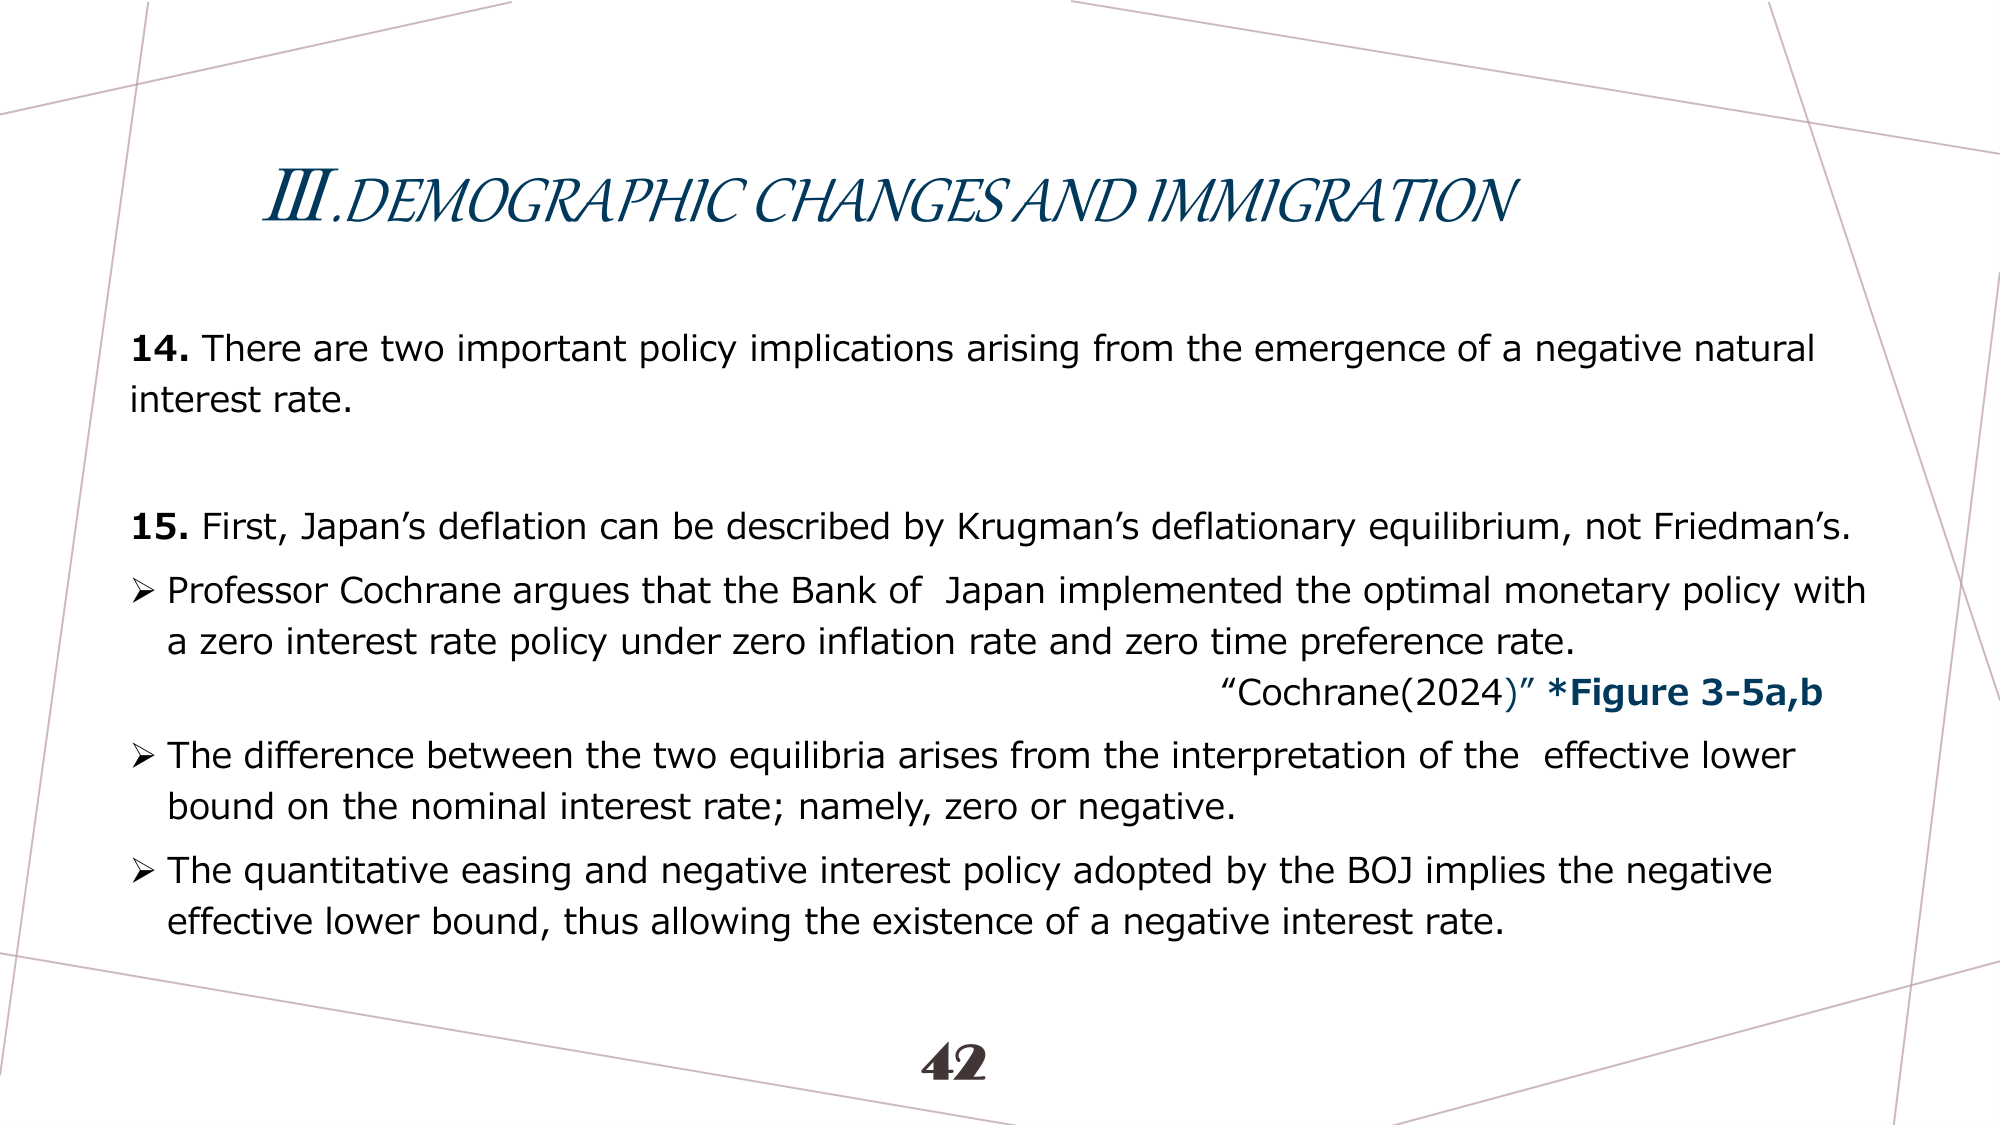
III. DEMOGRAPHIC CHANGES AND IMMIGRATION

14. There are two important policy implications arising from the emergence of a negative natural interest rate.

15. First, Japan’s deflation can be described by Krugman’s deflationary equilibrium, not Friedman’s.
➤ Professor Cochrane argues that the Bank of Japan implemented the optimal monetary policy with a zero interest rate policy under zero inflation rate and zero time preference rate.
“Cochrane(2024)” *Figure 3-5a,b
➤ The difference between the two equilibria arises from the interpretation of the effective lower bound on the nominal interest rate; namely, zero or negative.
➤ The quantitative easing and negative interest policy adopted by the BOJ implies the negative effective lower bound, thus allowing the existence of a negative interest rate.

42